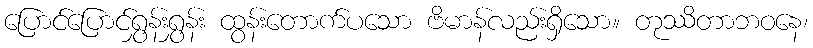
ပြောင်ပြောင်ရွှန်းရွှန်း ထွန်းတောက်ပသော ဗိမာန်လည်းရှိသော။ တုဿိတာဘဝနေ၊